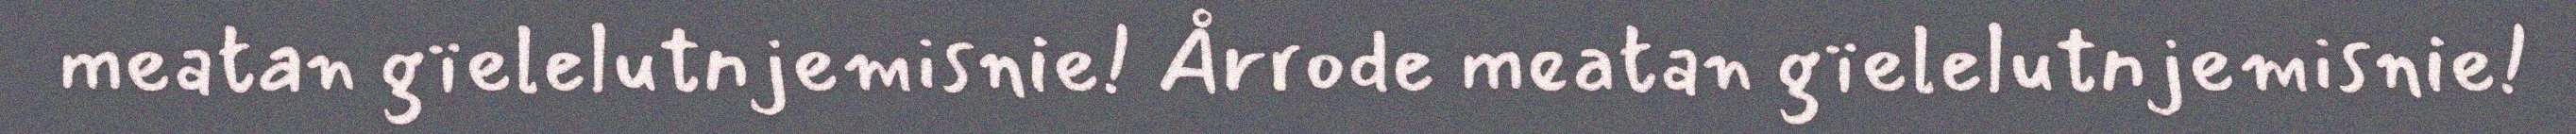
meatan gïelelutnjemisnie! Årrode meatan gïelelutnjemisnie!